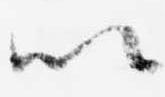
以